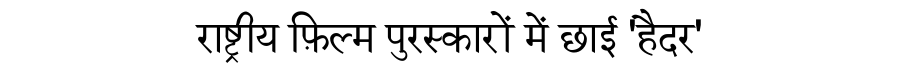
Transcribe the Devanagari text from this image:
राष्ट्रीय फ़िल्म पुरस्कारों में छाई 'हैदर'